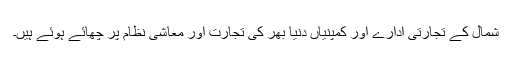
شمال کے تجارتی ادارے اور کمپنیاں دنیا بھر کی تجارت اور معاشی نظام پر چھائے ہوئے ہیں۔